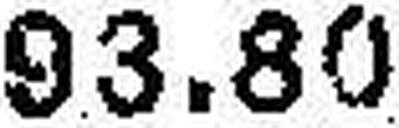
93.80